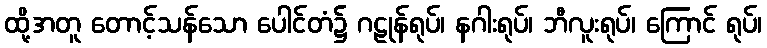
ထို့အတူ တောင့်သန်သော ပေါင်တံ၌ ဂဠုန်ရုပ်၊ နဂါးရုပ်၊ ဘီလူးရုပ်၊ ကြောင် ရုပ်၊